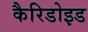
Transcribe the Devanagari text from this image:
कैरिडोइड